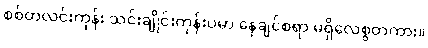
စစ်တလင်းကုန်း သင်းချိုင်းကုန်းပမာ နေချင်စရာ မရှိလေစွတကား။